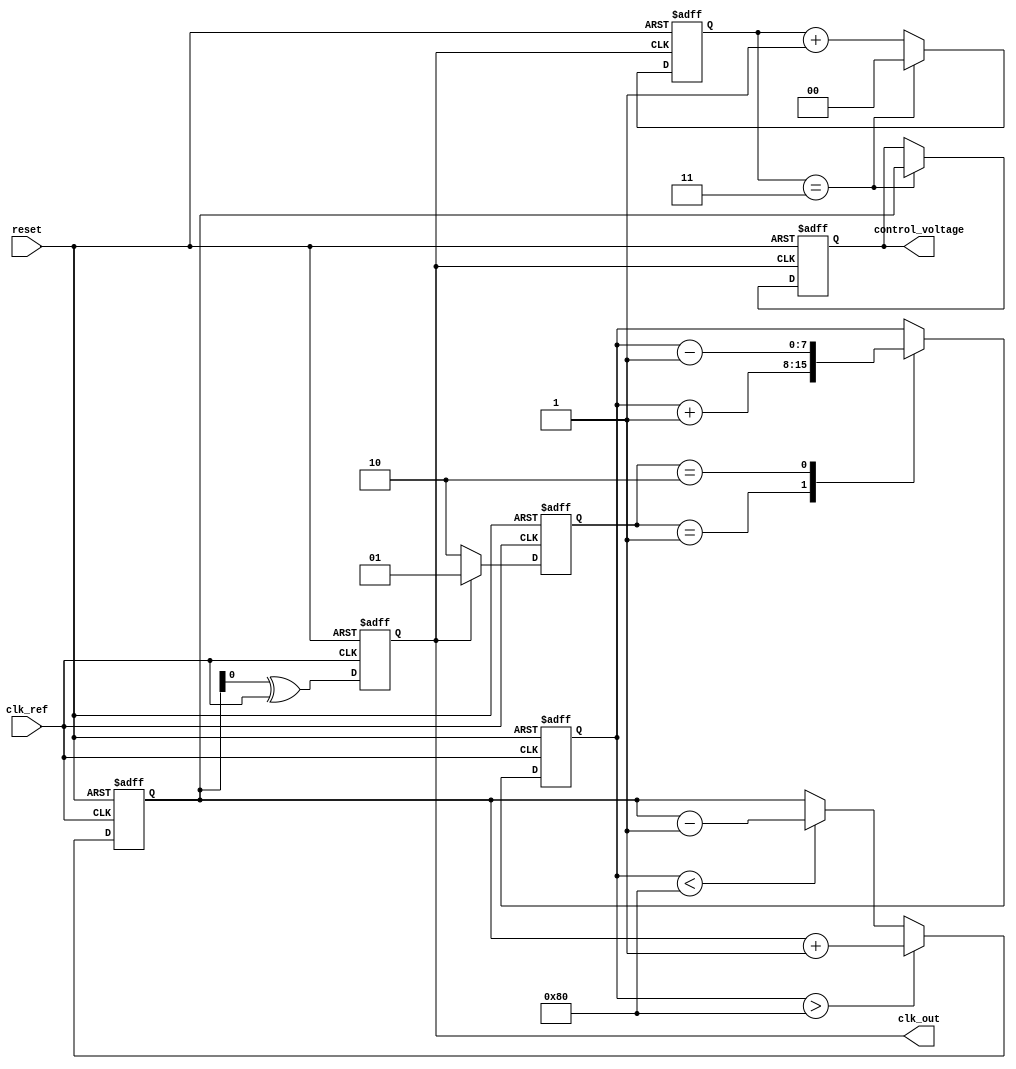
module PLL (
    input wire clk_ref,         // Reference clock input
    input wire reset,          // Reset signal
    output reg clk_out,        // Output clock
    output reg [7:0] control_voltage // Control voltage for VCO
);

// Parameters
parameter PHASE_DETECTOR_TYPE = 1; // 1 for type-1, 2 for type-2
parameter DIVIDER_VALUE = 4; // Frequency divider value

// Internal signals
reg [1:0] phase_error; // Phase error signal
reg [7:0] loop_filter_out; // Output of the loop filter
reg [7:0] vco_output; // Output of the VCO
reg [1:0] divider_count; // Divider count

// Phase Detector
always @(posedge clk_ref or posedge reset) begin
    if (reset) begin
        phase_error <= 2'b00;
    end else begin
        // Simple phase detection logic (for demonstration)
        if (clk_out) begin
            phase_error <= 2'b01; // Phase is ahead
        end else begin
            phase_error <= 2'b10; // Phase is behind
        end
    end
end

// Loop Filter (Simple Integrator for demonstration)
always @(posedge clk_ref or posedge reset) begin
    if (reset) begin
        loop_filter_out <= 8'b00000000;
    end else begin
        case (phase_error)
            2'b01: loop_filter_out <= loop_filter_out + 1; // Phase ahead
            2'b10: loop_filter_out <= loop_filter_out - 1; // Phase behind
            default: loop_filter_out <= loop_filter_out; // No change
        endcase
    end
end

// Voltage-Controlled Oscillator (VCO)
always @(posedge clk_ref or posedge reset) begin
    if (reset) begin
        vco_output <= 8'b00000000; // Reset VCO output
        clk_out <= 0; // Reset output clock
    end else begin
        // Simple VCO behavior based on control voltage
        if (loop_filter_out > 128) begin
            vco_output <= vco_output + 1; // Increase frequency
        end else if (loop_filter_out < 128) begin
            vco_output <= vco_output - 1; // Decrease frequency
        end
        // Generate output clock based on VCO output
        clk_out <= (vco_output[0] ^ clk_ref); // Simple clock generation
    end
end

// Frequency Divider
always @(posedge clk_out or posedge reset) begin
    if (reset) begin
        divider_count <= 0;
        control_voltage <= 0;
    end else begin
        if (divider_count == DIVIDER_VALUE - 1) begin
            control_voltage <= vco_output; // Output control voltage
            divider_count <= 0; // Reset divider count
        end else begin
            divider_count <= divider_count + 1; // Increment divider count
        end
    end
end

endmodule